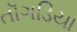
તૉગડિયા